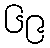
၆၉